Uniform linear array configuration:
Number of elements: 48
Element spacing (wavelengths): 1
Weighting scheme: uniform
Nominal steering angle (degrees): -15
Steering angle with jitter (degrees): -13.874
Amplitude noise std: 0.05
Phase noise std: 0.05

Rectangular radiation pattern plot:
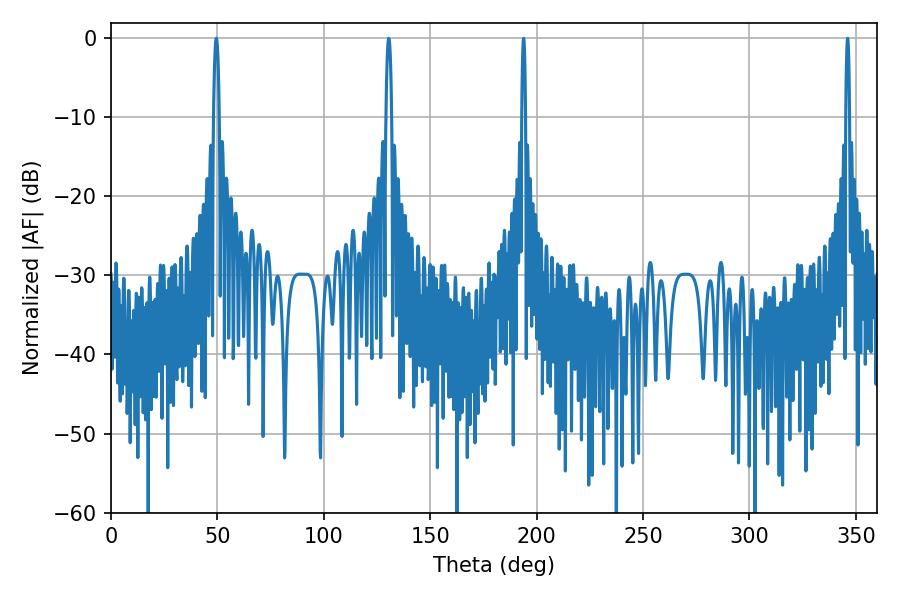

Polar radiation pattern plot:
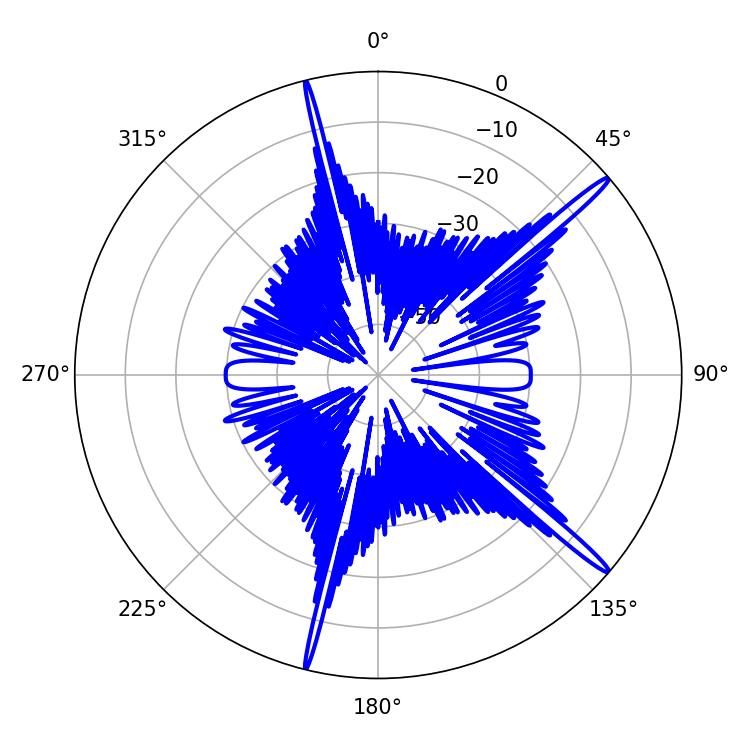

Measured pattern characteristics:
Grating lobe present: TRUE
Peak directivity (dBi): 17.188
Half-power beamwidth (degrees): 1.44
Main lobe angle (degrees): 49.5